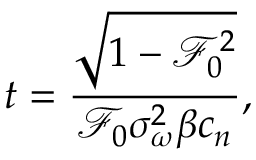
t = \frac { \sqrt { 1 - \mathcal { F } _ { 0 } ^ { 2 } } } { \mathcal { F } _ { 0 } \sigma _ { \omega } ^ { 2 } \beta c _ { n } } ,